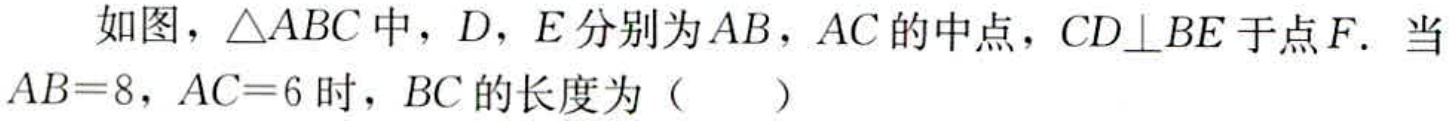
如图，\(\triangle ABC\)中，\(D\)，\(E\)分别为\(AB\)，\(AC\)的中点，\(CD\perp BE\)于点\(F\)．当\(AB = 8\)，\(AC = 6\)时，\(BC\)的长度为（  ）